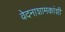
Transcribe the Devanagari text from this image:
वेदनाशामकांशी